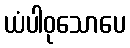
ယံပါဝုသောပေ